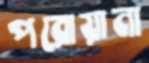
পরোয়ানা